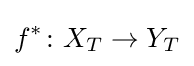
f^{*}\colon X_{T}\to Y_{T}